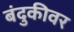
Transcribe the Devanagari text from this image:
बंदुकीवर